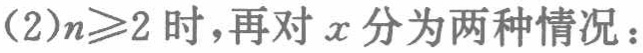
(2)$n\geq2$ 时，再对 \(x\) 分为两种情况：